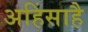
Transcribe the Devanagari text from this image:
अहिंसाहै